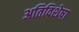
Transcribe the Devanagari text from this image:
अतिविशेषा